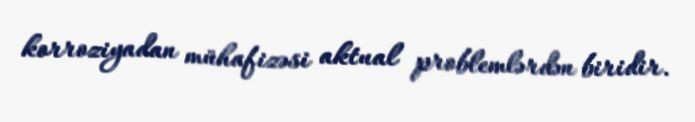
korroziyadan mühafizəsi aktual problemlərdən biridir.